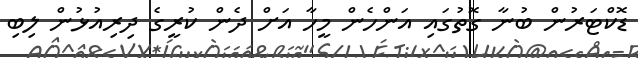
ޑޮކްޓަރުން ބުނާ ގޮތުގައި އަންހެން މީހާ އަށް ދެން ކުރީގެ ދިރިއުޅުން ލިބި